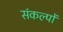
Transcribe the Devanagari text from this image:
संकल्‍पों